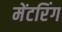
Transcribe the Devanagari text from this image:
मेंटरिंग